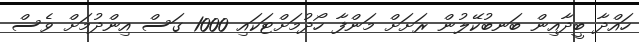
ހައްދާ ބީދާއިން ބަނބުކޭލުން ރަށަށް މަންފާ ހޯދުމަށްޓަކައި 1000 ގަސް އިންދުމަށް ވެސް